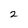
Character: 2